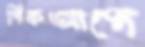
পিকআপে